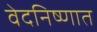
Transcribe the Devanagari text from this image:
वेदनिष्णात